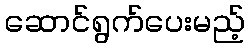
ဆောင်ရွက်ပေးမည့်